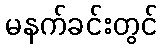
မနက်ခင်းတွင်